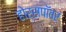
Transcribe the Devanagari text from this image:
होर्सपॉवर